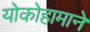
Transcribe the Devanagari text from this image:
योकोहामाने